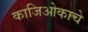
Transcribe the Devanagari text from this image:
काजिओकाचे